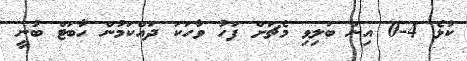
ކުޅެ 4-0 އިން ބަލިވި މެޗަށް ފަހު ވާހަކަ ދައްކަމުން ހާބަޓް ބުނީ